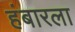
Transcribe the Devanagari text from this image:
हंबारला